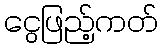
ငွေဖြည့်ကတ်